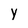
Character: y